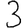
Digit: 3